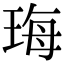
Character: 珻